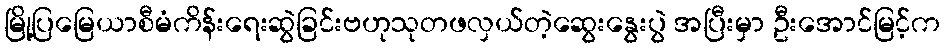
မြို့ပြမြေယာစီမံကိန်းရေးဆွဲခြင်းဗဟုသုတဖလှယ်တဲ့ဆွေးနွေးပွဲ အပြီးမှာ ဦးအောင်မြင့်က